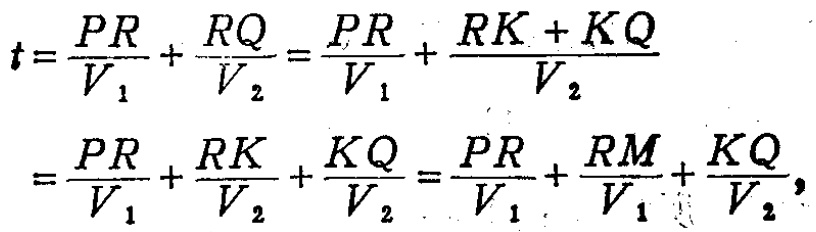
\[
\begin{align*}
t&=\frac{PR}{V_1}+\frac{RQ}{V_2}=\frac{PR}{V_1}+\frac{RK + KQ}{V_2}\\
&=\frac{PR}{V_1}+\frac{RK}{V_2}+\frac{KQ}{V_2}=\frac{PR}{V_1}+\frac{RM}{V_1}+\frac{KQ}{V_2},
\end{align*}
\]